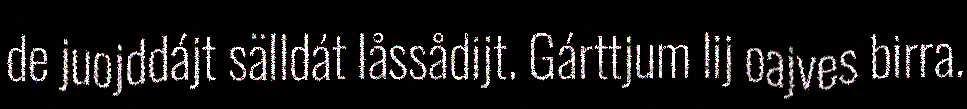
de juojddájt sälldát låssådijt. Gárttjum lij oajves birra.